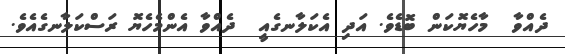
ދެއްވާ  މާހެޔޮކަން ބޮޑެވެ. އަދި އެކަލާނގެއީ  ދެއްވާ އެންމެހެޔޮ ރަސްކަލާނގެއެވެ.